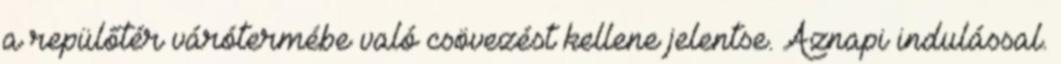
a repülőtér várótermébe való csövezést kellene jelentse. Aznapi indulással.